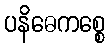
ပနိဓေကစ္စေ